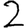
Digit: 2